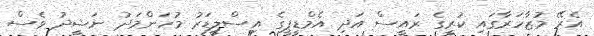
އެރޭ މުޒާހަރާގައި ކުރީގެ ރައީސް އަދި އެމްޑީޕީގެ އިސްލީޑަރު މުހަންމަދު ނަޝީދު ވެސް